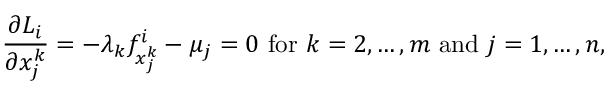
{ \frac { \partial L _ { i } } { \partial x _ { j } ^ { k } } } = - \lambda _ { k } f _ { x _ { j } ^ { k } } ^ { i } - \mu _ { j } = 0 { \mathrm { ~ f o r ~ } } k = 2 , \ldots , m { \mathrm { ~ a n d ~ } } j = 1 , \ldots , n ,